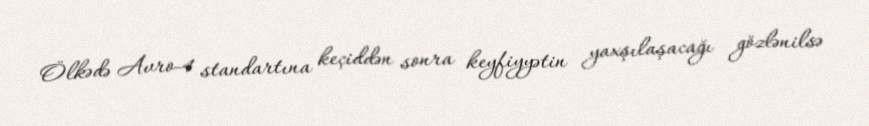
Ölkədə Avro-4 standartına keçiddən sonra keyfiyyətin yaxşılaşacağı gözlənilsə